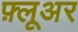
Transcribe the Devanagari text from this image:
फ़्लूअर